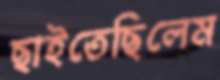
ছাইতেছিলেম